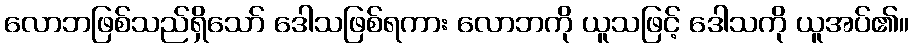
လောဘဖြစ်သည်ရှိသော် ဒေါသဖြစ်ရကား လောဘကို ယူသဖြင့် ဒေါသကို ယူအပ်၏။